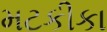
મટકીકા